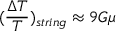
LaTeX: ( \frac { \Delta T } { T } ) _ { s t r i n g } \approx 9 G \mu